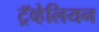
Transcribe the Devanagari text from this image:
ट्रॅव्हेलियन